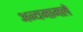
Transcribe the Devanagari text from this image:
अन्यमामले